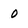
Character: 0